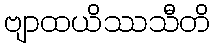
ဗျာထယိဿသီတိ